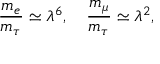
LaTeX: \frac { m _ { e } } { m _ { \tau } } \simeq \lambda ^ { 6 } , \quad \frac { m _ { \mu } } { m _ { \tau } } \simeq \lambda ^ { 2 } ,